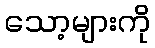
သော့များကို